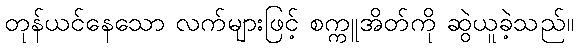
တုန်ယင်နေသော လက်များဖြင့် စက္ကူအိတ်ကို ဆွဲယူခဲ့သည်။